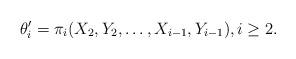
LaTeX: \begin{align*}\theta'_i=\pi_i(X_2,Y_2,\dots,X_{i-1},Y_{i-1}), i\ge 2.\end{align*}